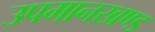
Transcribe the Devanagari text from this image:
उपमानखण्ड